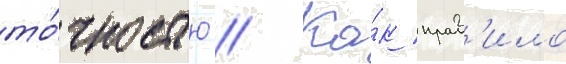
то́чностью // Ка́к прав'ило